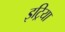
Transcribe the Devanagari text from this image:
इट्रिया